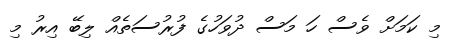
މި ކަމަށް ވެސް ހަ މަސް ދުވަހުގެ ފުރުސަތެއް ލިބޭ އިރު މި